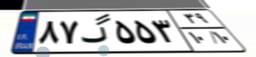
۸۷گ۵۵۳۳۹